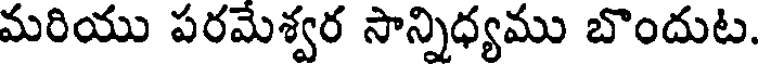
మరియు పరమేశ్వర సాన్నిధ్యము బొందుట.